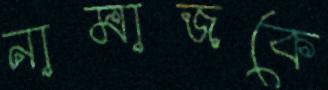
নামাজকে